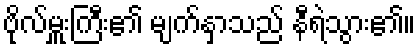
ဗိုလ်မှူးကြီး၏ မျက်နှာသည် နီရဲသွား၏။